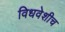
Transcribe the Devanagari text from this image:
विधवेशीच